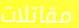
مقاتلات